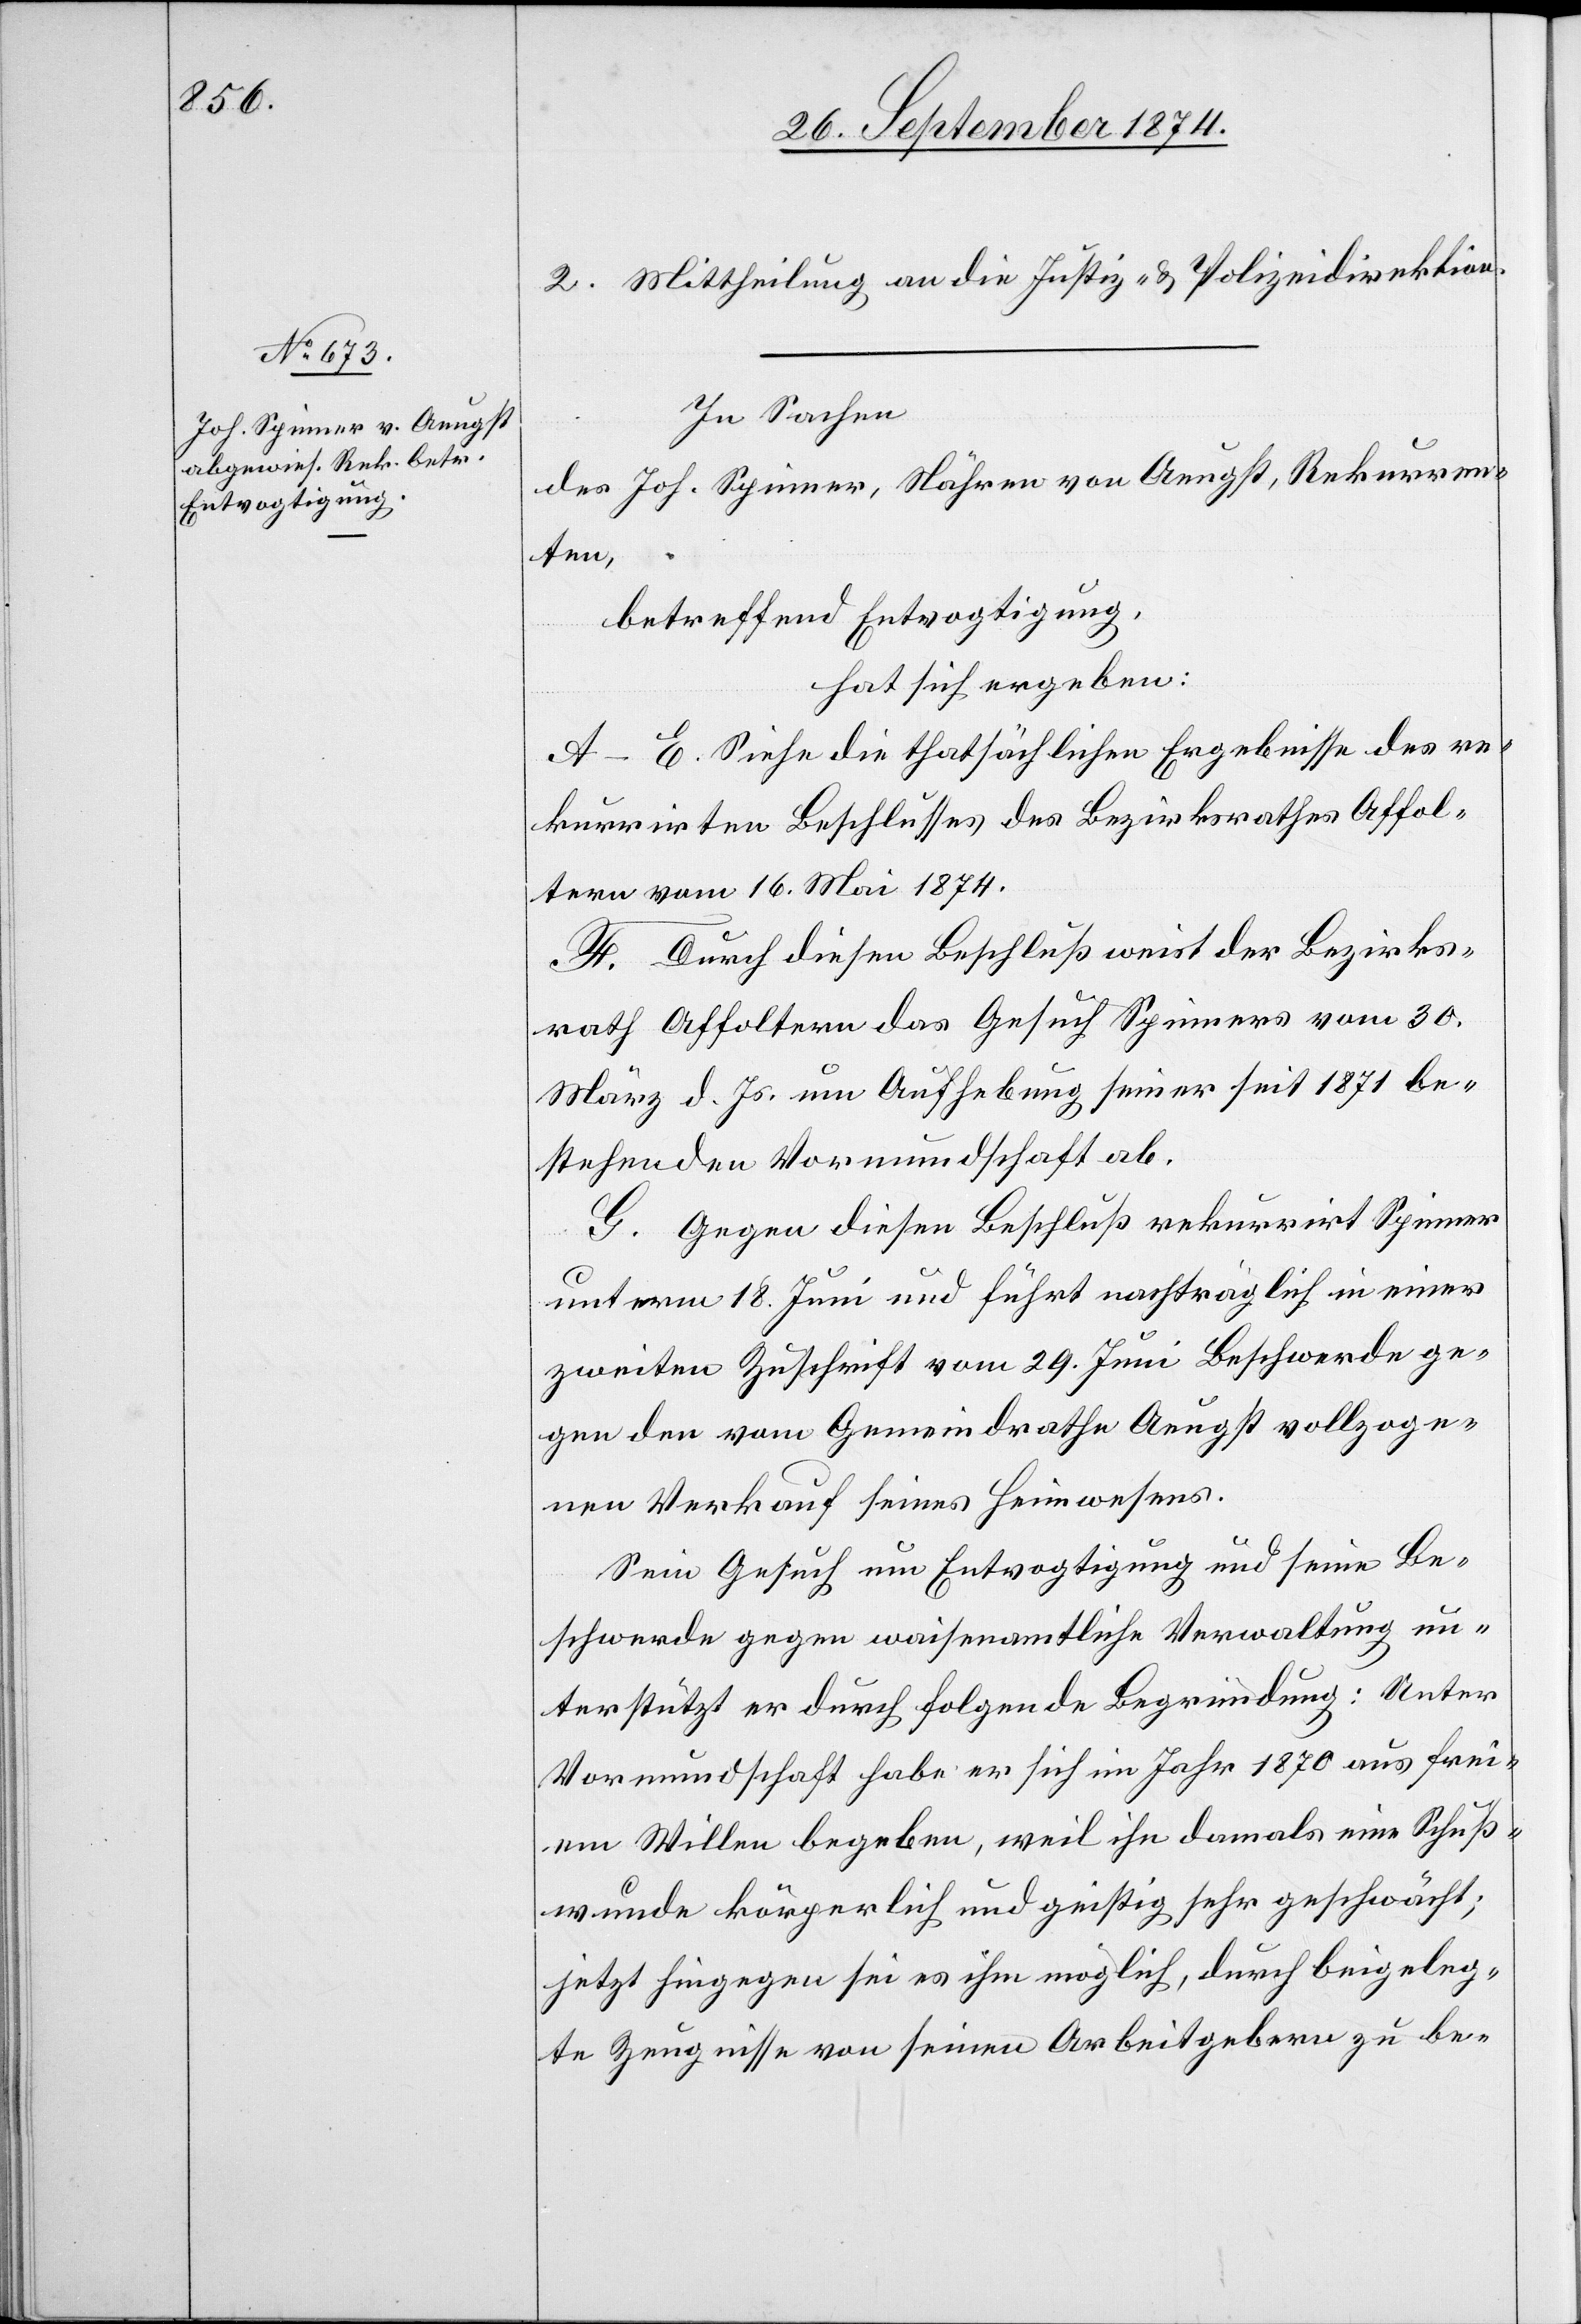
2. Mittheilung an die Justiz- & Polizeidirektion.
In Sachen
des Joh. Spinner, Nähren von Aeugst, Rekurren¬
ten,
betreffend Entvogtigung,
hat sich ergeben:
A–E. Siehe die thatsächlichen Ergebnisse des re¬
kurrirten Beschlusses des Bezirksrathes Affol¬
tern vom 16. Mai 1874.
F. Durch diesen Beschluß weist der Bezirks¬
rath Affoltern das Gesuch Spinners vom 30.
März d. Js. um Aufhebung seiner seit 1871 be¬
stehenden Vormundschaft ab.
G. Gegen diesen Beschluß rekurrirt Spinner
unterm 18. Juni und führt nachträglich in einer
zweiten Zuschrift vom 29. Juni Beschwerde ge¬
gen den vom Gemeindrathe Aeugst vollzoge¬
nen Verkauf seines Heimwesens.
Sein Gesuch um Entvogtigung und seine Be¬
schwerde gegen waisenamtliche Verwaltung un¬
terstützt er durch folgende Begründung: Unter
Vormundschaft habe er sich im Jahr 1870 aus frei¬
em Willen begeben, weil ihn damals eine Schuß¬
wunde körperlich und geistig sehr geschwächt;
jetzt hingegen sei es ihm möglich, durch beigeleg¬
te Zeugnisse von seinen Arbeitgebern zu be-